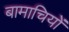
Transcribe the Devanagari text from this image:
बामाचियों